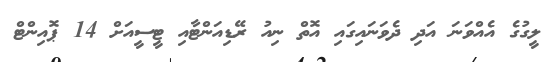
ލީގުގެ އެއްވަނަ އަދި ދެވަނައިގައި އޮތް ނިއު ރޭޑިއަންޓާއި ޓީސީއަށް 14 ޕޮއިންޓް